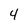
Character: 4